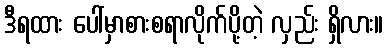
ဒီရထား ပေါ်မှာစားစရာလိုက်ပို့တဲ့ လှည်း ရှိလား။